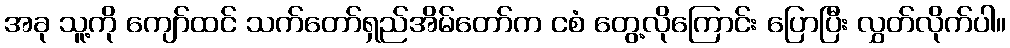
အခု သူ့ကို ကျော်ထင် သက်တော်ရှည်အိမ်တော်က ငစံ တွေ့လိုကြောင်း ပြောပြီး လွှတ်လိုက်ပါ။